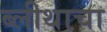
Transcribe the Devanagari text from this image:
ब्लीथाचा